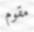
مقوم